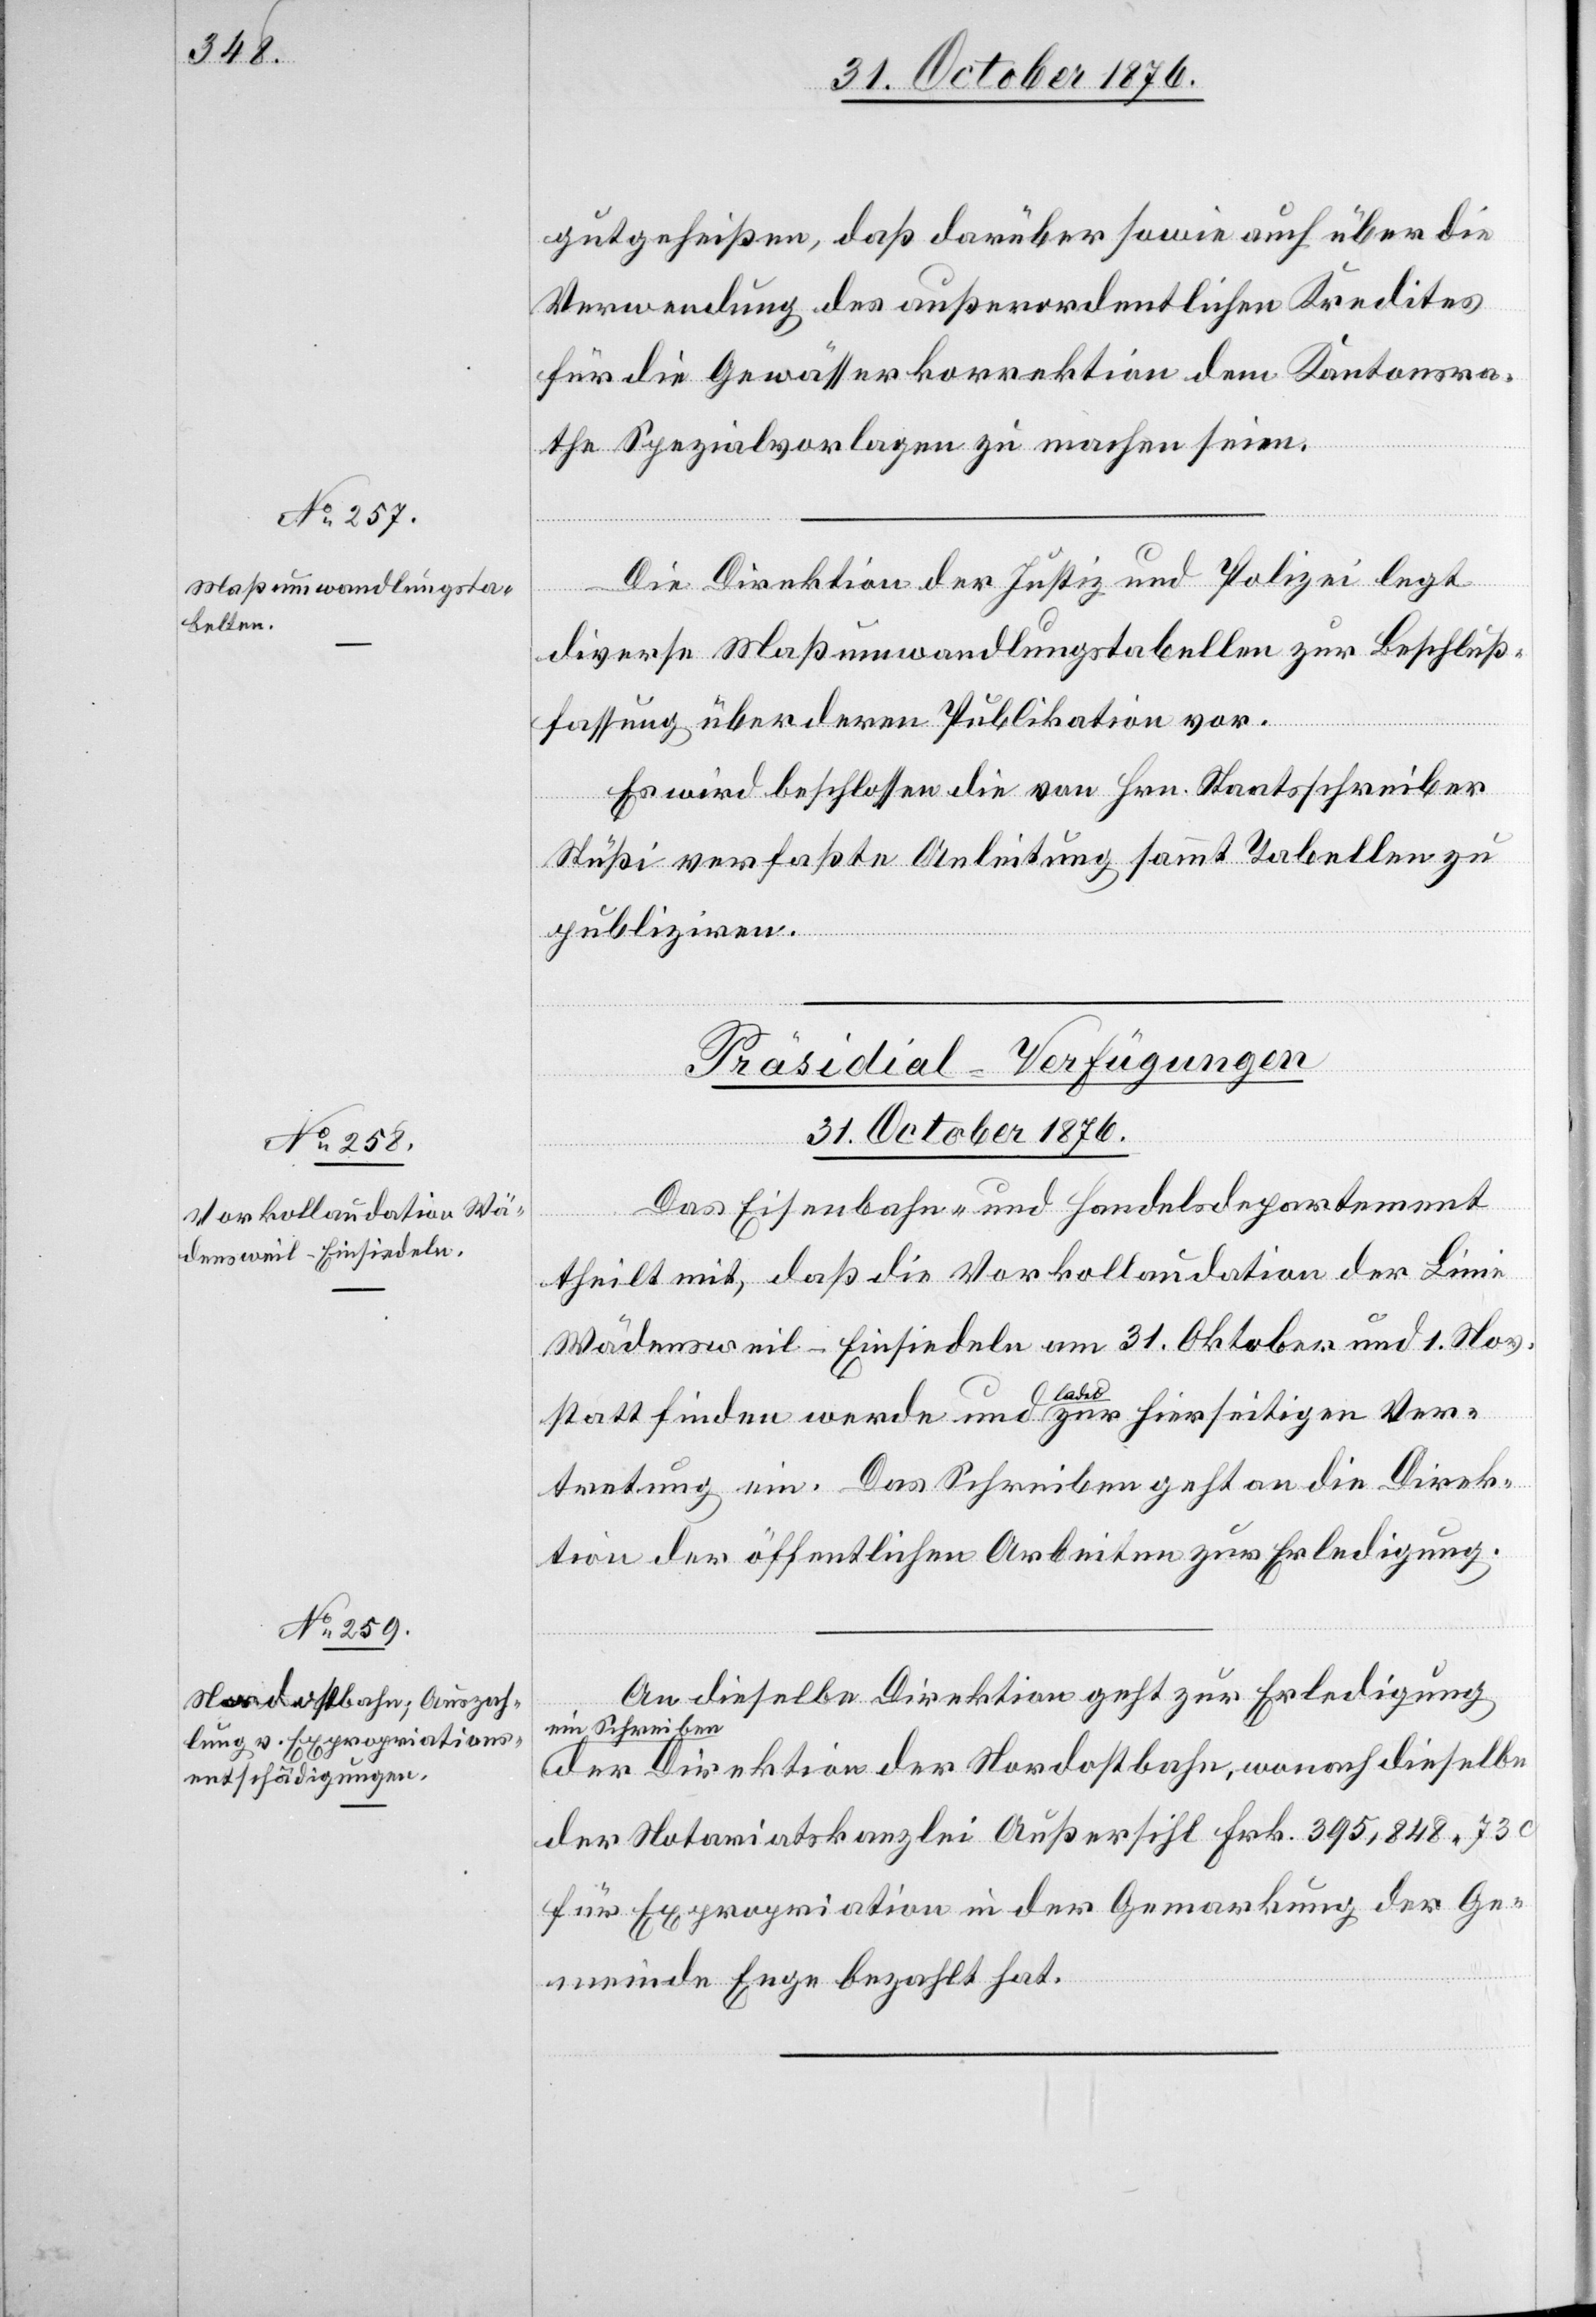
gutgeheißen, daß darüber sowie auch über die
Verwendung des außerordentlichen Kredites
für die Gewässerkorrektion dem Kantonsra¬
the Spezialvorlagen zu machen seien.
Die Direktion der Justiz und Polizei legt
diverse Maßumwandlungstabellen zur Beschluß¬
fassung über deren Publikation vor.
Es wird beschlossen die von Hrn. Staatsschreiber
Stüßi verfaßte Anleitung sammt Tabellen zu
publiziren.
[Präsidial-Verfügungen
31. October 1876.]
Das Eisenbahn- und Handelsdepartement
theilt mit, daß die Vorkollaudation der Linie
Wädensweil–Einsiedeln am 31. Oktober und 1. Nov.
stattfinden werde und ladet zur hierseitigen Ver¬
tretung ein. Das Schreiben geht an die Direk¬
tion der öffentlichen Arbeiten zur Erledigung.
An dieselbe Direktion geht zur Erledigung
ein Schreiben
der Direktion der Nordostbahn, wonach dieselbe
der Notariatskanzlei Außersihl Frk. 395,848 730
für Expropriation in der Gemarkung der Ge¬
meinde Enge bezahlt hat.